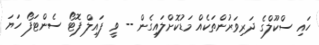
ހައި ސްކޫލްގެ ދަރިވަރުންތަކެއް މަޑުކޮށްލައިގެން -- ވީ ފައިލް ފޮޓޯ ސެންޓަފޯ ހަޔަ